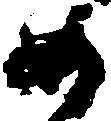
如